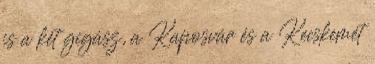
is a két gigász, a Kaposvár és a Kecskemét